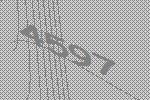
4597